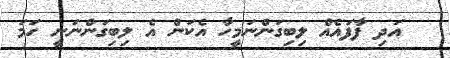
އަދި ފާފައެއް ލިބިގަންނަމީހާ އެކަން އެ ލިބިގަންނަނީ ހަމަ